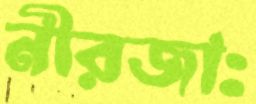
নীরজাঃ